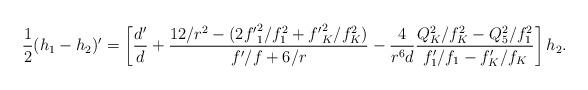
LaTeX: \begin{align*}{1 \over 2} (h_1-h_2)' =\left [ { d' \over d} + { {12 /r^2 - (2 {f'}_1^2 /f_1^2 + {f'}_K^2 / f_K^2 )} \over { f'/f + 6/r}}-{4 \over r^6 d} {{Q_K^2/f_K^2 - Q_5^2 / f_1^2 } \over {f'_1 / f_1 - f'_K /f_K}}\right ] h_2.\end{align*}